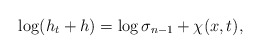
\begin{align*}\log(h_{t}+ h)=\log \sigma_{n-1}+\chi(x,t),\end{align*}